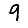
Digit: 9